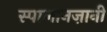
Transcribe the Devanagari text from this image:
स्पालानज़ानी